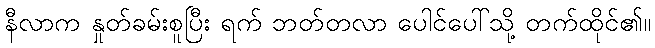
နီလာက နှုတ်ခမ်းစူပြီး ရက် ဘတ်တလာ ပေါင်ပေါ်သို့ တက်ထိုင်၏။